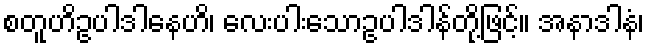
စတူဟိဥပါဒါနေဟိ၊ လေးပါးသောဥပါဒါန်တို့ဖြင့်။ အနာဒါနံ၊